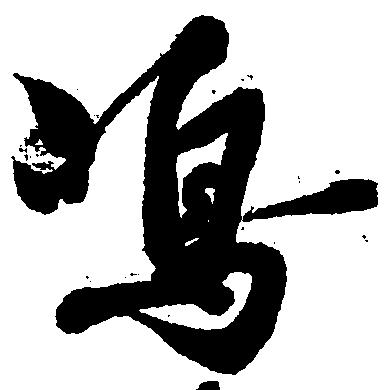
嶋